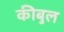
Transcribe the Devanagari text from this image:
कीबुल